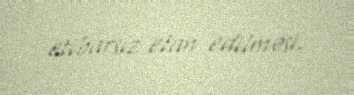
etibarsız elan edilməsi.